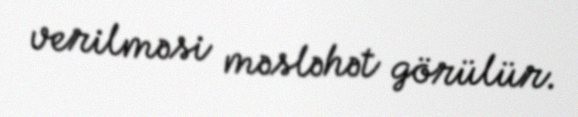
verilməsi məsləhət görülür.